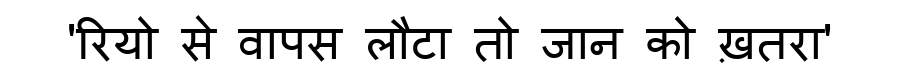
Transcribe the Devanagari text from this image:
'रियो से वापस लौटा तो जान को ख़तरा'